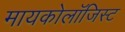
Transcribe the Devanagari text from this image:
मायकोलॉजिस्ट